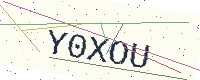
Text: Y0XOU